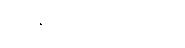
ကျွန်တော် ယူမယ်။